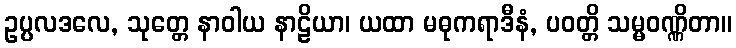
ဥပ္ပလဒလေ, သုတ္တေ နာဝါယ နာဠိယာ၊ ယထာ မဓုကရာဒီနံ, ပဝတ္တိ သမ္မဝဏ္ဏိတာ။